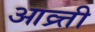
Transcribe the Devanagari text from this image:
आव्र्त्ती